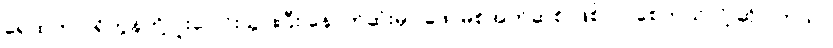
ရေထဲက ပရိုတွန်တို့ ပူးပေါင်းသွားပြီး နောက်ဆုံးမှာ ဖောမစ်အက်ဆစ် ဖြစ်လာစေတယ်လို့ ဆိုပါတယ်။